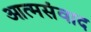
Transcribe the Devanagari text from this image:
आत्मसंवाद